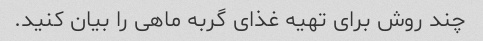
چند روش برای تهیه غذای گربه ماهی را بیان کنید.